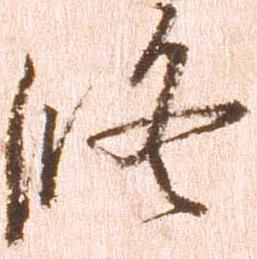
修